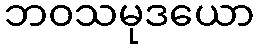
ဘဝသမုဒယော